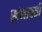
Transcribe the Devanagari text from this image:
खंभावती